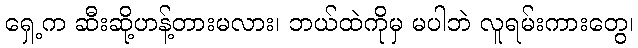
ရှေ့က ဆီးဆို့ဟန့်တားမလား၊ ဘယ်ထဲကိုမှ မပါဘဲ လူရမ်းကားတွေ၊